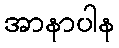
အာနာပါန